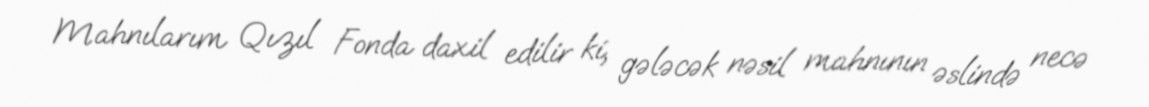
Mahnılarım Qızıl Fonda daxil edilir ki, gələcək nəsil mahnının əslində necə